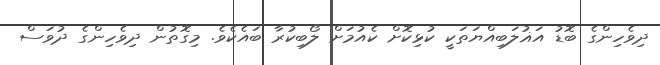
ދިވެހިންގެ ބޮޑު އަޣުލަބިއްޔަތަކީ ކުޅިކޮށް ކެއުމަށް ލޯބިކުރާ ބައެކެވެ. މިގޮތުން ދިވެހިންގެ ދުވަސް